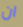
ان